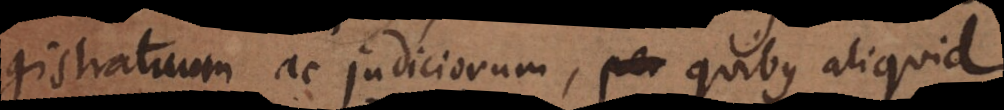
gistratuum ac judiciorum, quibus aliquid